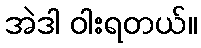
အဲဒါ ဝါးရတယ်။